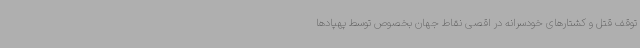
توقف قتل و کشتارهای خودسرانه در اقصی نقاط جهان بخصوص توسط پهپادها